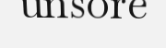
unsore